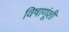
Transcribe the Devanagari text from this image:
विषाणूंशी